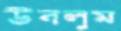
উবলুম